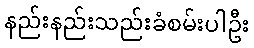
နည်းနည်းသည်းခံစမ်းပါဦး